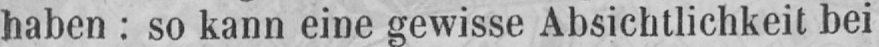
haben: so kann eine gewisse Absichtlichkeit bei